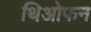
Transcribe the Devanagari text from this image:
थिओफन